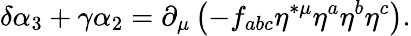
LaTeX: \delta\alpha_{3}+\gamma\alpha_{2}=\partial_{\mu}\left(-f_{abc}\eta^{*\mu}\eta^{a}\eta^{b}\eta^{c}\right).